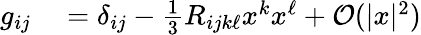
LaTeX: \begin{array}{rl}{g_{ij}}&{{}=\delta_{ij}-\frac{1}{3}R_{ijk\ell}x^{k}x^{\ell}+\mathcal{O}(|x|^{2})}\end{array}